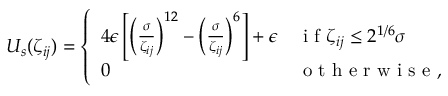
\begin{array} { r } { U _ { s } ( \zeta _ { i j } ) = \left\{ \begin{array} { l l } { 4 \epsilon \left[ \left( \frac { \sigma } { \zeta _ { i j } } \right) ^ { 1 2 } - \left( \frac { \sigma } { \zeta _ { i j } } \right) ^ { 6 } \right] + \epsilon } & { \mathrm { ~ i ~ f ~ } \zeta _ { i j } \leq 2 ^ { 1 / 6 } \sigma } \\ { 0 } & { \mathrm { ~ o ~ t ~ h ~ e ~ r ~ w ~ i ~ s ~ e ~ } , } \end{array} \right. } \end{array}